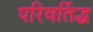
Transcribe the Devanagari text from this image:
परिवर्तिद्ध